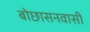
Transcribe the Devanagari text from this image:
बोछासनवासी